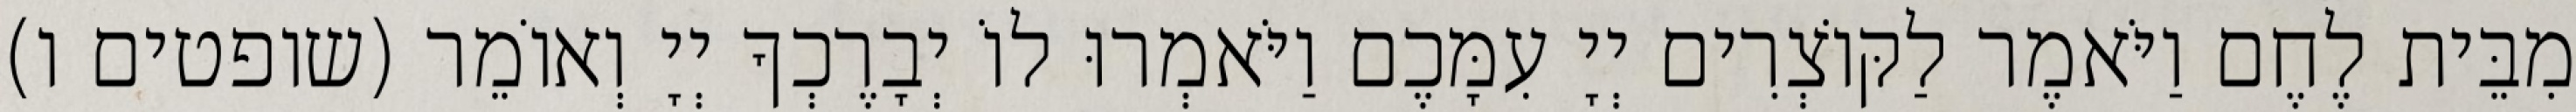
מִבֵּית לֶחֶם וַיֹּאמֶר לַקּוֹצְרִים יְיָ עִמָּכֶם וַיֹּאמְרוּ לוֹ יְבָרֶכְךָ יְיָ וְאוֹמֵר (שופטים ו)